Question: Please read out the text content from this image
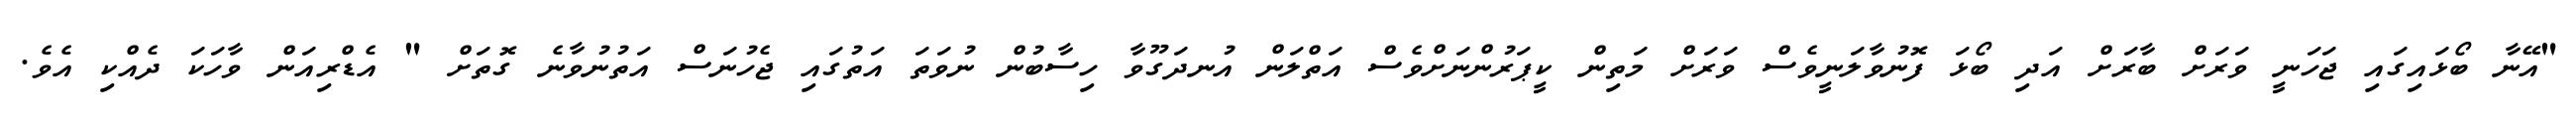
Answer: "އޭނާ ބޯޅައިގައި ޖަހަނީ ވަރަށް ބާރަށް އަދި ބޯޅަ ފޮނުވާލަނީވެސް ވަރަށް މަތިން ކީޕަރުންނަށްވެސް އަތްލަން އުނދަގޫވާ ހިސާބުން ނުވަތަ އަތުގައި ޖެހުނަސް އަތުނުވާނެ ގޮތަށް " އެޑްރިއަން ވާހަކަ ދެއްކި އެވެ.